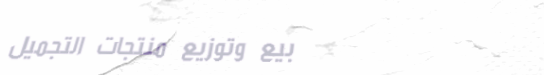
بيع وتوزيع منتجات التجميل